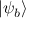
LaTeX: | \psi _ { b } \rangle